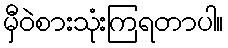
မှီဝဲစားသုံးကြရတာပါ။